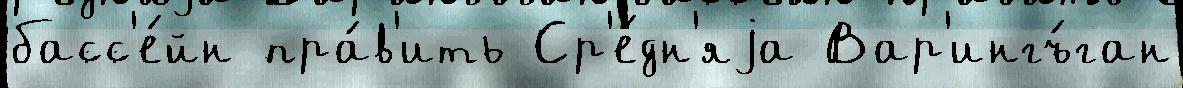
басс'е́йн пра́в'ить Ср'е́дн'яjа Вар'ингъ́ган